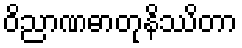
ဝိညာဏဓာတုနိဿိတာ